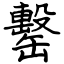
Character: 罊